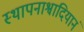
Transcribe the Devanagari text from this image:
स्थापनाश्वादियानं